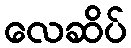
လေဆိပ်